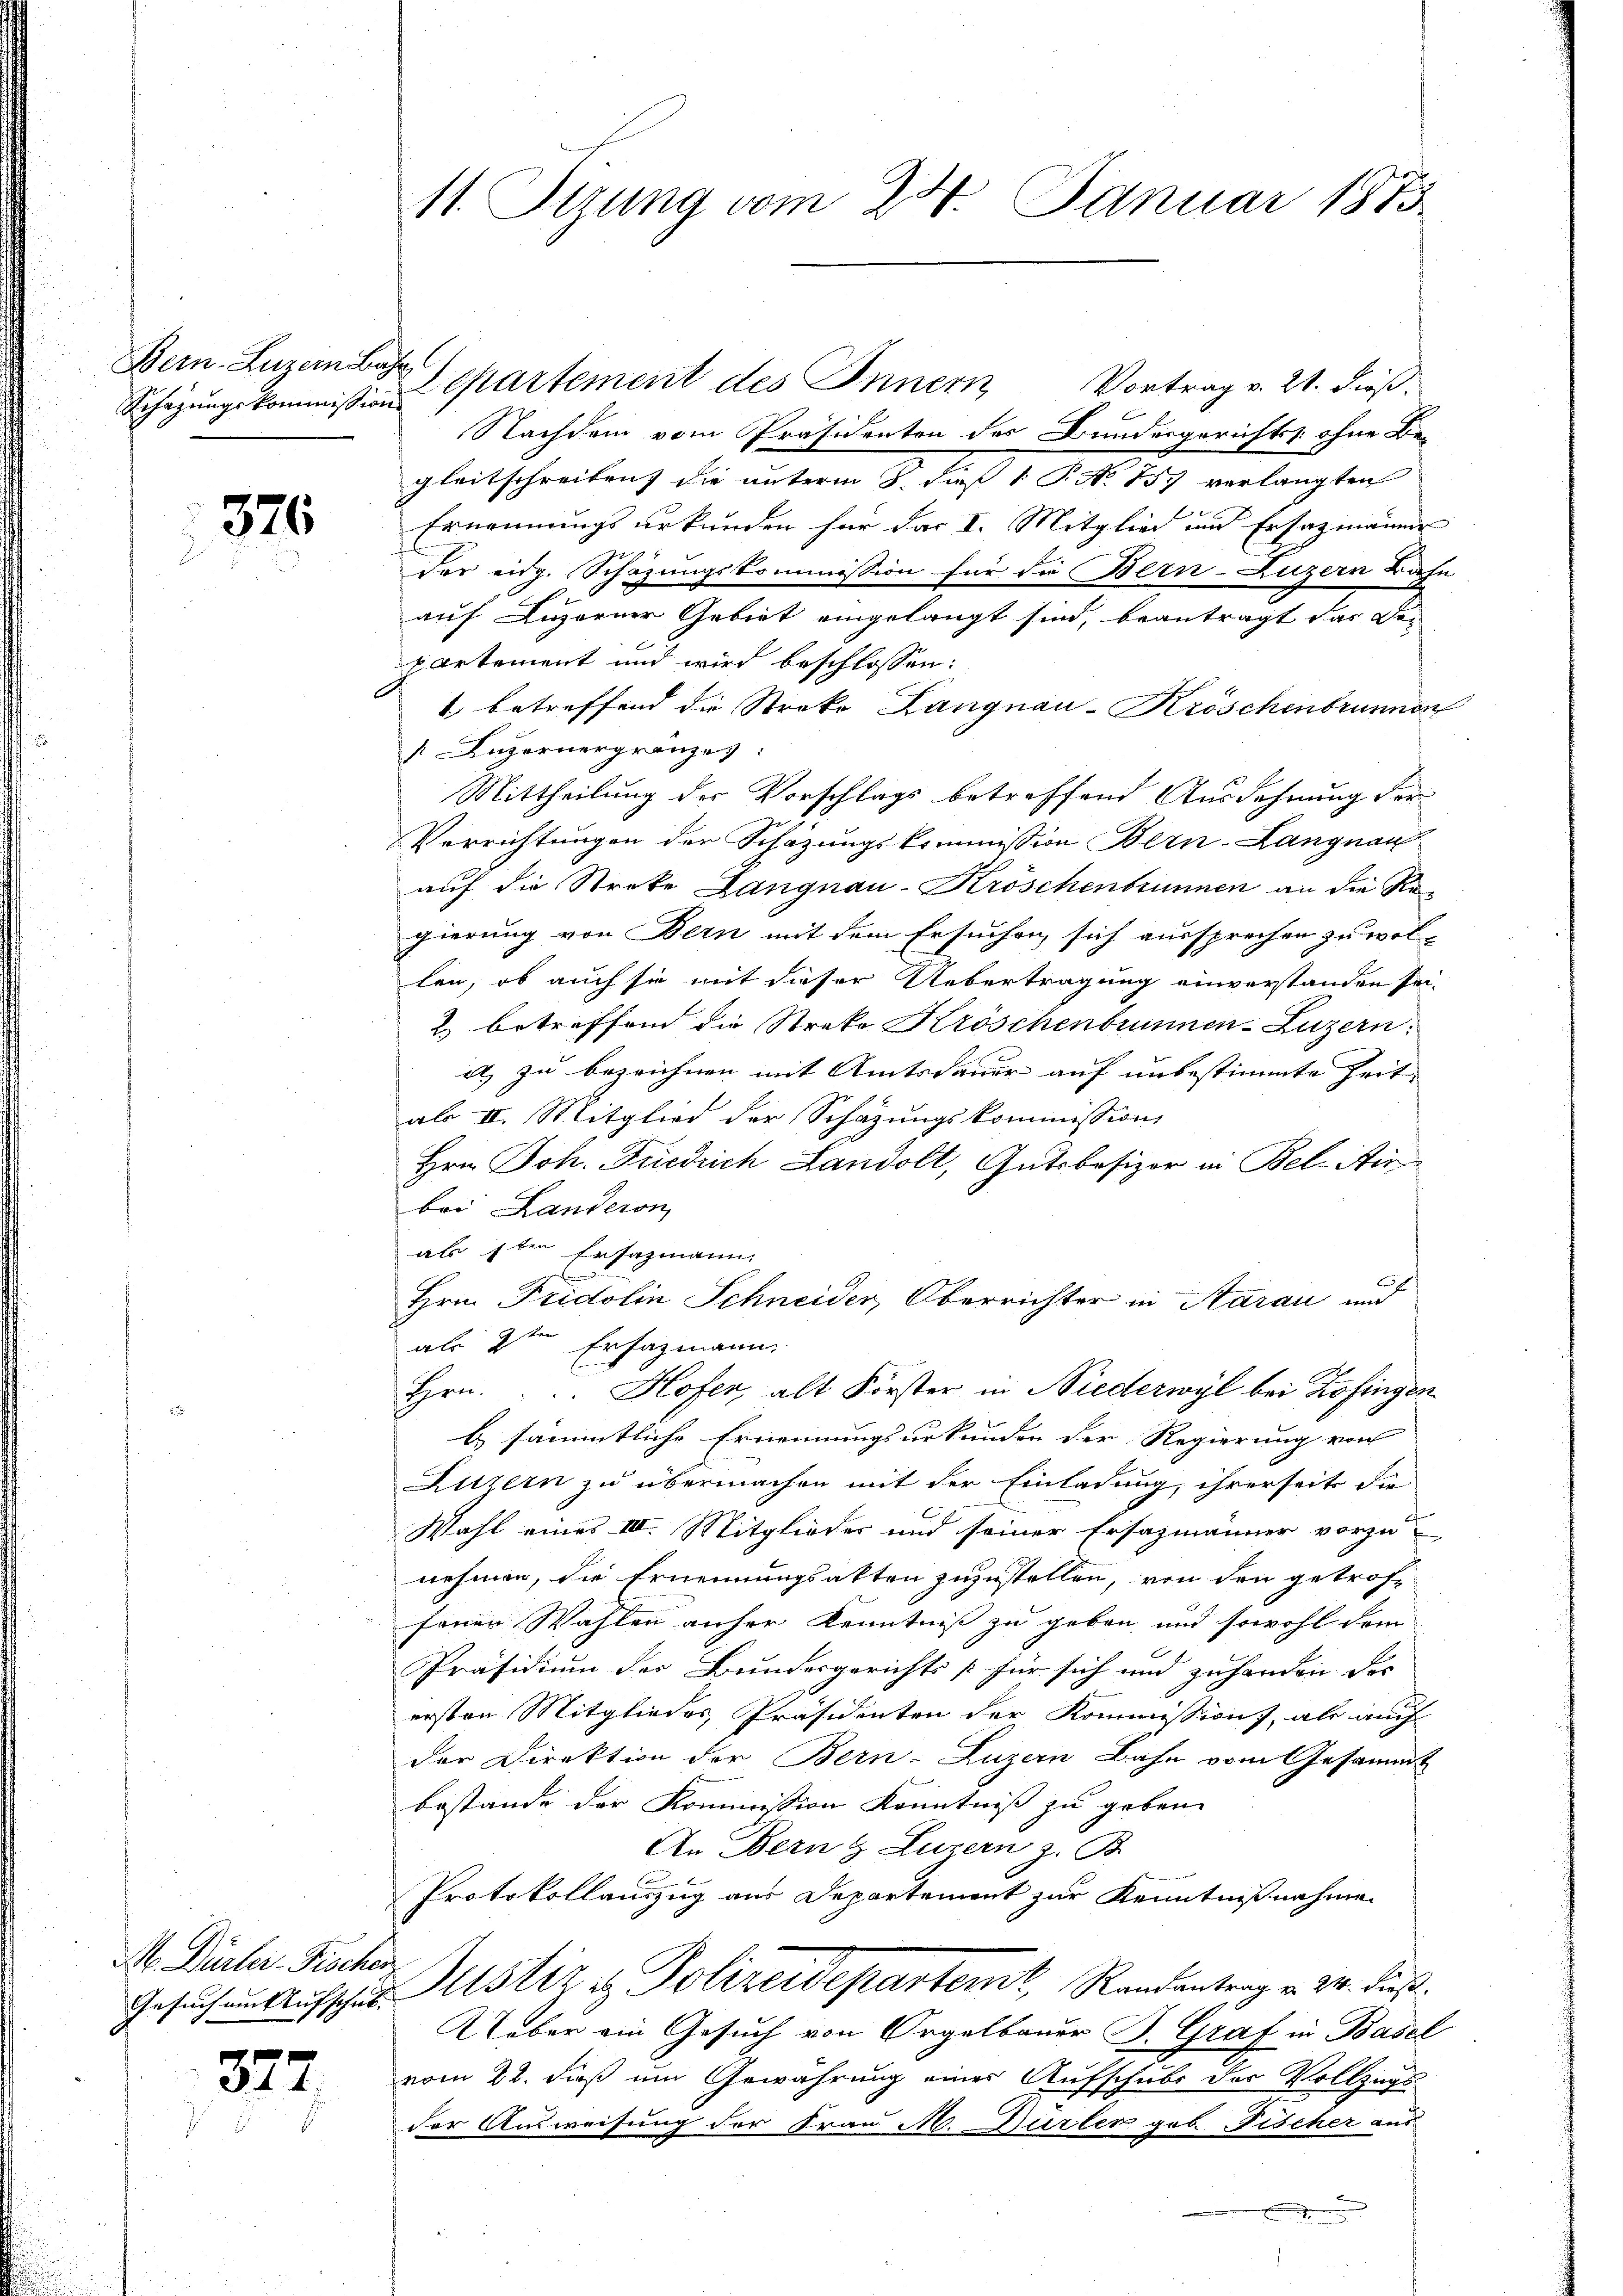
Bern. Luzern Base

526

M Dürler Fischen

377.

Vortrag v. 21. dieß.
Nachdem vom Präsidenten des Bundesgerichts ohne Be-
gleitschreiben) die unterm 8. dieß 1 P. N. 857 verlangten
Ernennungsurkunden für das I. Mitglied und Ersatzmanne
der eidg. Schazungskommission für die Bern-Luzern Bahn
auf Luzerner Gebiet eingelangt sind, beantragt das De-
eartement und wird beschlossen:
1. betreffend die Streke Langnau-Kröschenbrunnen
 Luzernergränzes:
Mittheilung der Vorschlags betreffend Ausdehnung der
Verrichtungen der Schazungskommission Bern-Langnau
auf die Streke Langnau-Kröschenbrunnen an die Regierung von Bern mit dem Ersuchen sich aussprechen zu wollen, ob auch sie mit dieser Uebertragung einverstanden sei.
2) betreffend die Streke Kröschenbrunnen-Luzern.
at) zu bezeichnen mit Amtsdauer auf unbestimmte Zeit- |
ale II. Mitglied der Schazungskommission
Hrn. Joh. Friedrich Landolt, Gutsbesizer in Bel-Air
bri Landeron
als der Ersazmann.
Hrn. Fridolin Schneider, Oberrichter in Aarau und
als 2ten Ersazmann.
Hrn.  .. Hofer, alt Forster in Niederwyl bei Zofingen
E sämmtliche Ernennungsurkunden der Regierung von
Luzern zu übermachen mit der Einladung, ihrerseits die
.
Wahl eines III. Mitglieder und seiner Ersazmänner vorzunehmen, die Ernennungsakten zuzustellen, von den getroffeier Wahlen anher Kenntnis zu geben und sowohl dem
Präsidium des Bundesgerichts für sich und zuhanden der
ersten Mitgliedes Präsidenten der Kommission, als auch
der Direktion der Bern-Luzern Bahn vom Gesammt
bestande der Kommission Kenntniß zu gebene
An Bern & Luzern z. B.
Protokollauszug aus Departement zur Kenntnißnahme
Gesuch an Aufschul- Astiz & Polizeidepartemt, Randantrag v. 24. dieß.
Ueber ein Gesuch von Orgelbauer B. Graf in Basel
vom 22. dieß um Gewährung einer Aufschubs des Vollzugs
der Ausweisung der Frau M. Dürler geb. Fischer aus
.

11. Serung vom 24. Januar 1873.

Schazungskommission partement des Innern